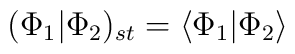
(\Phi_1 |\Phi_2)_{st}=\langle\Phi_1 |\Phi_2\rangle